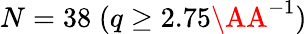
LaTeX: N=38\; (q\geq 2.75\AA^{-1})